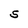
Character: S